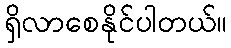
ရှိလာစေနိုင်ပါတယ်။